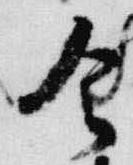
令